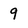
Character: 9